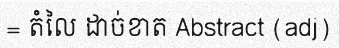
= តំលៃ ដាច់ខាត Abstract (adj)